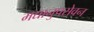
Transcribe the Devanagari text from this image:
मद्यानुपसेवन